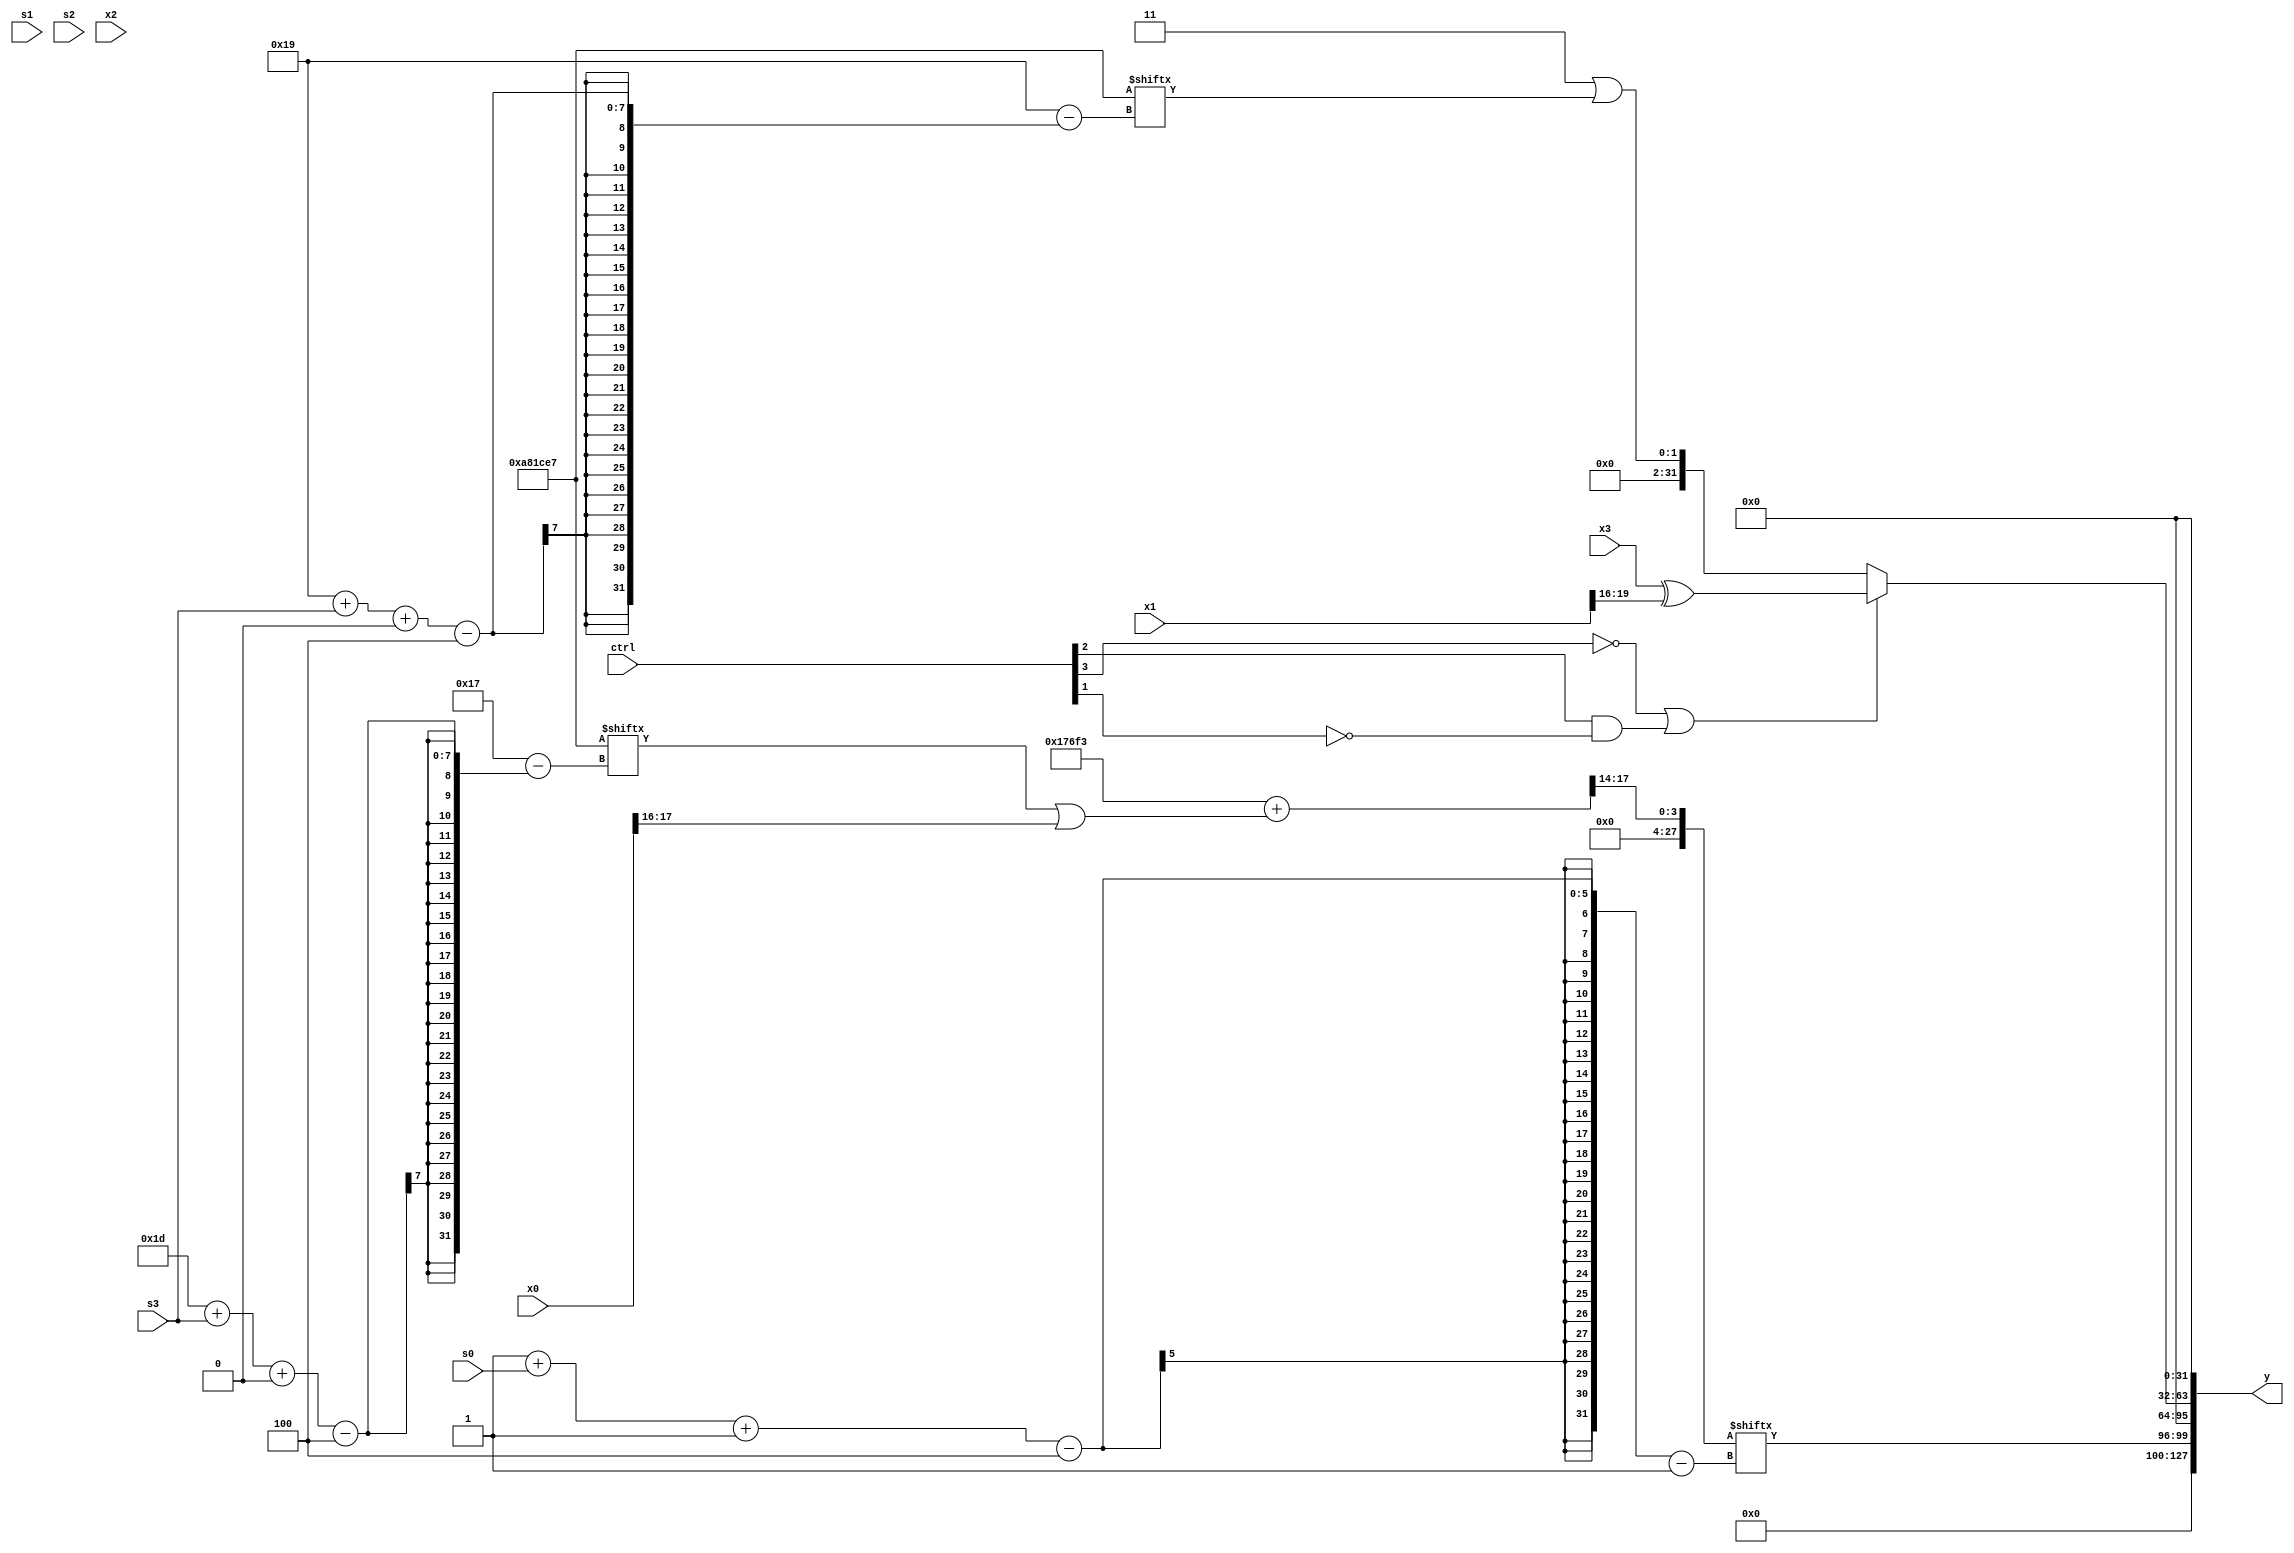
module partsel_00768(ctrl, s0, s1, s2, s3, x0, x1, x2, x3, y);
  input [3:0] ctrl;
  input [2:0] s0;
  input [2:0] s1;
  input [2:0] s2;
  input [2:0] s3;
  input signed [31:0] x0;
  input signed [31:0] x1;
  input signed [31:0] x2;
  input [31:0] x3;
  wire signed [26:1] x4;
  wire [28:1] x5;
  wire [29:4] x6;
  wire [24:3] x7;
  wire signed [0:30] x8;
  wire signed [6:25] x9;
  wire signed [27:7] x10;
  wire signed [27:1] x11;
  wire signed [6:31] x12;
  wire [6:26] x13;
  wire signed [6:25] x14;
  wire signed [27:4] x15;
  output [127:0] y;
  wire signed [31:0] y0;
  wire [31:0] y1;
  wire signed [31:0] y2;
  wire [31:0] y3;
  assign y = {y0,y1,y2,y3};
  localparam [1:27] p0 = 296060558;
  localparam [4:29] p1 = 883432679;
  localparam [0:29] p2 = 430012128;
  localparam signed [24:4] p3 = 845677267;
  assign x4 = ((p3 | p2) + (p1[29 + s3 +: 3] | x0[17 -: 2]));
  assign x5 = (ctrl[3] || !ctrl[3] || !ctrl[3] ? x4[15 +: 4] : {2{(p2[14 +: 3] + (p2[20] | {x3[12], p0[30 + s0 +: 2]}))}});
  assign x6 = (p1[8 + s2] ^ (({2{{2{x4}}}} & x4[19 + s2 +: 5]) ^ x3[4 + s1 +: 4]));
  assign x7 = {2{(ctrl[1] || ctrl[0] && !ctrl[0] ? (p1[30 + s1 -: 8] & {((x3[20 + s0 +: 5] + p0[27 + s3 -: 7]) & x5[31 + s2 -: 5]), p1[12 -: 3]}) : x4[11 + s2 +: 1])}};
  assign x8 = x4[10 +: 1];
  assign x9 = (!ctrl[2] && !ctrl[3] && !ctrl[1] ? ((ctrl[3] || !ctrl[3] || ctrl[2] ? p0 : x5[29 + s1 +: 5]) ^ (!ctrl[3] || !ctrl[0] && !ctrl[1] ? {2{(x5 & p0[21 + s2 -: 7])}} : p2[20 + s1 +: 1])) : x8[13 + s3]);
  assign x10 = x2[22 -: 1];
  assign x11 = (!ctrl[0] || ctrl[1] || ctrl[3] ? x2[19 -: 3] : p2[10 +: 2]);
  assign x12 = {2{p1[23 -: 2]}};
  assign x13 = {2{{2{x2[25 + s1 -: 8]}}}};
  assign x14 = p3[6 + s2 +: 8];
  assign x15 = p3[16 +: 2];
  assign y0 = x5[1 + s0 -: 4];
  assign y1 = x15;
  assign y2 = (!ctrl[3] || ctrl[2] && !ctrl[1] ? (x3 ^ x1[16 +: 4]) : (p3[10 +: 2] | p1[25 + s3 +: 1]));
  assign y3 = p1[13 +: 1];
endmodule